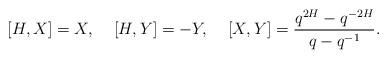
LaTeX: \begin{align*}[H,X]=X, \;\;\;\; [H,Y]=-Y, \;\;\;\;[X,Y]=\frac{q^{2H}-q^{-2H}}{q-q^{-1}}.\end{align*}